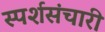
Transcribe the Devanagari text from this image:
स्पर्शसंचारी